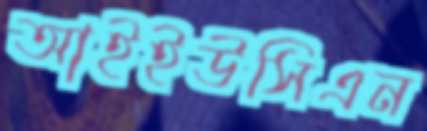
আইইউসিএন